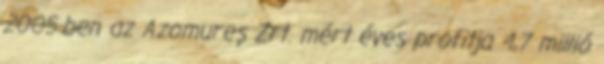
2005-ben az Azomureș Zrt. mért éves profitja 4,7 millió